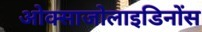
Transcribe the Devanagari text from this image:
ओक्साजोलाइडिनोंस